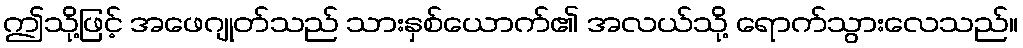
ဤသို့ဖြင့် အဖေဂျုတ်သည် သားနှစ်ယောက်၏ အလယ်သို့ ရောက်သွားလေသည်။